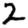
Digit: 2